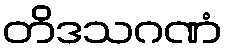
တိဒသဂဏံ